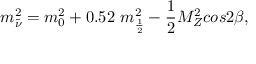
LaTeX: m _ { \tilde { \nu } } ^ { 2 } = m _ { 0 } ^ { 2 } + 0 . 5 2 ~ m _ { \frac { 1 } { 2 } } ^ { 2 } - { \frac { 1 } { 2 } } M _ { Z } ^ { 2 } c o s 2 \beta ,